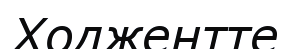
Ходжентте